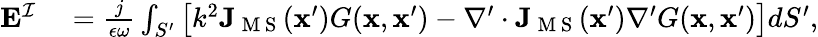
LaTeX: \begin{array}{rl}{\mathbf{E}^{\mathcal{I}}}&{{}{}=\frac{j}{\epsilon\omega}\int_{S^{\prime}}\big[k^{2}\mathbf{J}_{\mathrm{~M~S~}}(\mathbf{x}^{\prime})G(\mathbf{x},\mathbf{x}^{\prime})-\nabla^{\prime}\cdot\mathbf{J}_{\mathrm{~M~S~}}(\mathbf{x}^{\prime})\nabla^{\prime}G(\mathbf{x},\mathbf{x}^{\prime})\big]dS^{\prime},}\end{array}